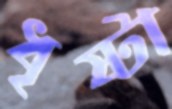
ধৃষ্টা